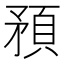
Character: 𥎀